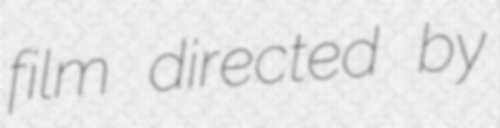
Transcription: film directed by